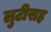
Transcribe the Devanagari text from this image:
लुटीसह